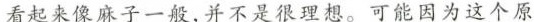
看起来像麻子一般，并不是很理想。可能因为这个原